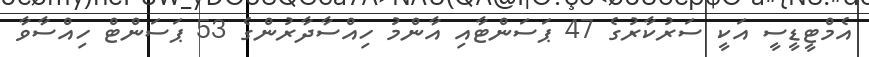
އެމްޓީޑީސީ އަކީ ސަރުކާރުގެ 47 ޕަސަންޓާއި އާންމު ހިއްސާދާރުންގެ 53 ޕަސަންޓް ހިއްްސާވާ